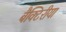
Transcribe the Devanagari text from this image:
बैक्टिरीया